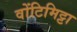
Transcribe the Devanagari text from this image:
वोंटिमिट्टा